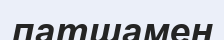
патшамен